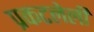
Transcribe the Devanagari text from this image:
प्रकटलेली